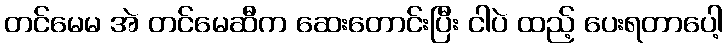
တင်မေမ အဲ တင်မေဆီက ဆေးတောင်းပြီး ငါပဲ ထည့် ပေးရတာပေါ့